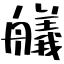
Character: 艤